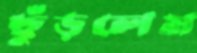
ছুঁড়লেম